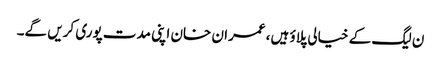
ن لیگ کے خیالی پلاؤ ہیں، عمران خان اپنی مدت پوری کریں گے۔